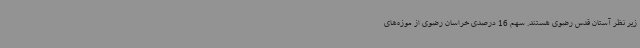
زیر نظر آستان قدس رضوی هستند. سهم 16 درصدی خراسان رضوی از موزه‌های